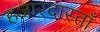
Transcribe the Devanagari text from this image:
हजारदास्ताँ